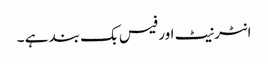
انٹرنیٹ اور فیس بک بند ہے ۔